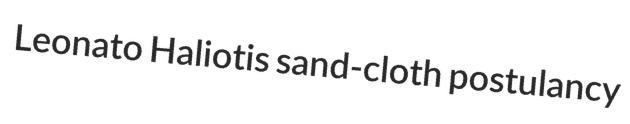
Leonato Haliotis sand-cloth postulancy